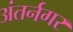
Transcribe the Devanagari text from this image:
अंतर्नगर